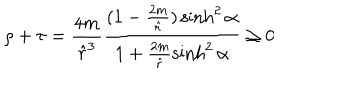
LaTeX: \rho + \tau = \frac { 4 m } { { \hat { r } } ^ { 3 } } \frac { ( 1 - \frac { 2 m } { \hat { r } } ) \sinh ^ { 2 } \alpha } { 1 + \frac { 2 m } { \hat { r } } \sinh ^ { 2 } \alpha } \ge 0